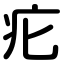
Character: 疕